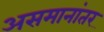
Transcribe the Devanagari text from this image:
असमानांतर